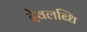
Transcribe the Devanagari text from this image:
देवलब्धि